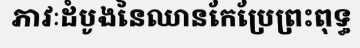
ភាវៈដំបូងនៃឈានកែប្រែព្រះពុទ្ធ